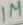
Text: 1M